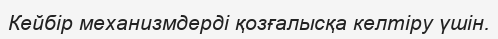
Кейбір механизмдерді қозғалысқа келтіру үшін.